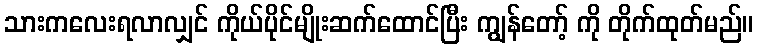
သားကလေးရလာလျှင် ကိုယ်ပိုင်မျိုးဆက်ထောင်ပြီး ကျွန်တော့် ကို တိုက်ထုတ်မည်။